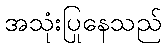
အသုံးပြုနေသည်